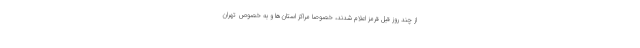
از چند روز قبل قرمز اعلام شدند، خصوصا مراکز استان‌ها و به خصوص تهران